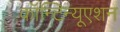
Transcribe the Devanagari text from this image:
कॉन्‍टिन्‍यूएशन